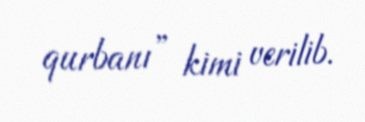
qurbanı” kimi verilib.